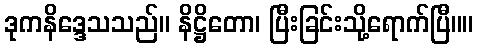
ဒုကနိဒ္ဒေသသည်။ နိဋ္ဌိတော၊ ပြီးခြင်းသို့ရောက်ပြီ။။